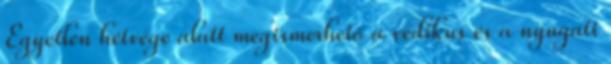
Egyetlen hétvége alatt megismerhető a védikus és a nyugati